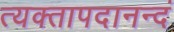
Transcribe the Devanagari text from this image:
त्यक्तापदानन्दं